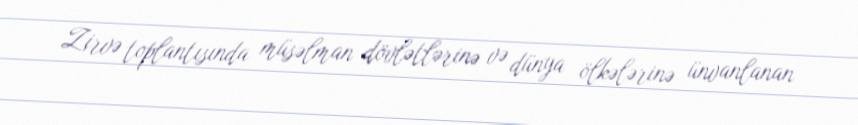
Zirvə toplantısında müsəlman dövlətlərinə və dünya ölkələrinə ünvanlanan